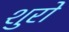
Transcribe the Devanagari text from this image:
शुरो